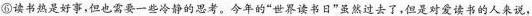
⑤读书热是好事，但也需要一些冷静的思考。今年的”世界读书日”虽然过去了，但是对爱读书的人来说，